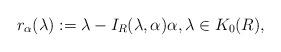
LaTeX: \begin{align*}r_\alpha(\lambda):=\lambda-I_R(\lambda,\alpha)\alpha,\lambda\in K_0(R),\end{align*}